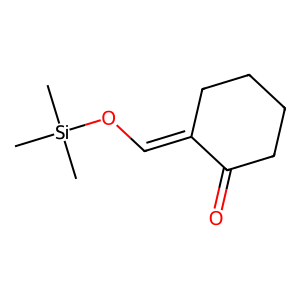
SMILES: C[Si](C)(C)OC=C1CCCCC1=O
Inhibits HIV replication: No